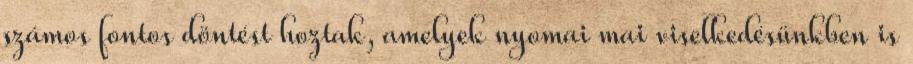
számos fontos döntést hoztak, amelyek nyomai mai viselkedésünkben is